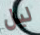
ليل